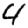
Digit: 4